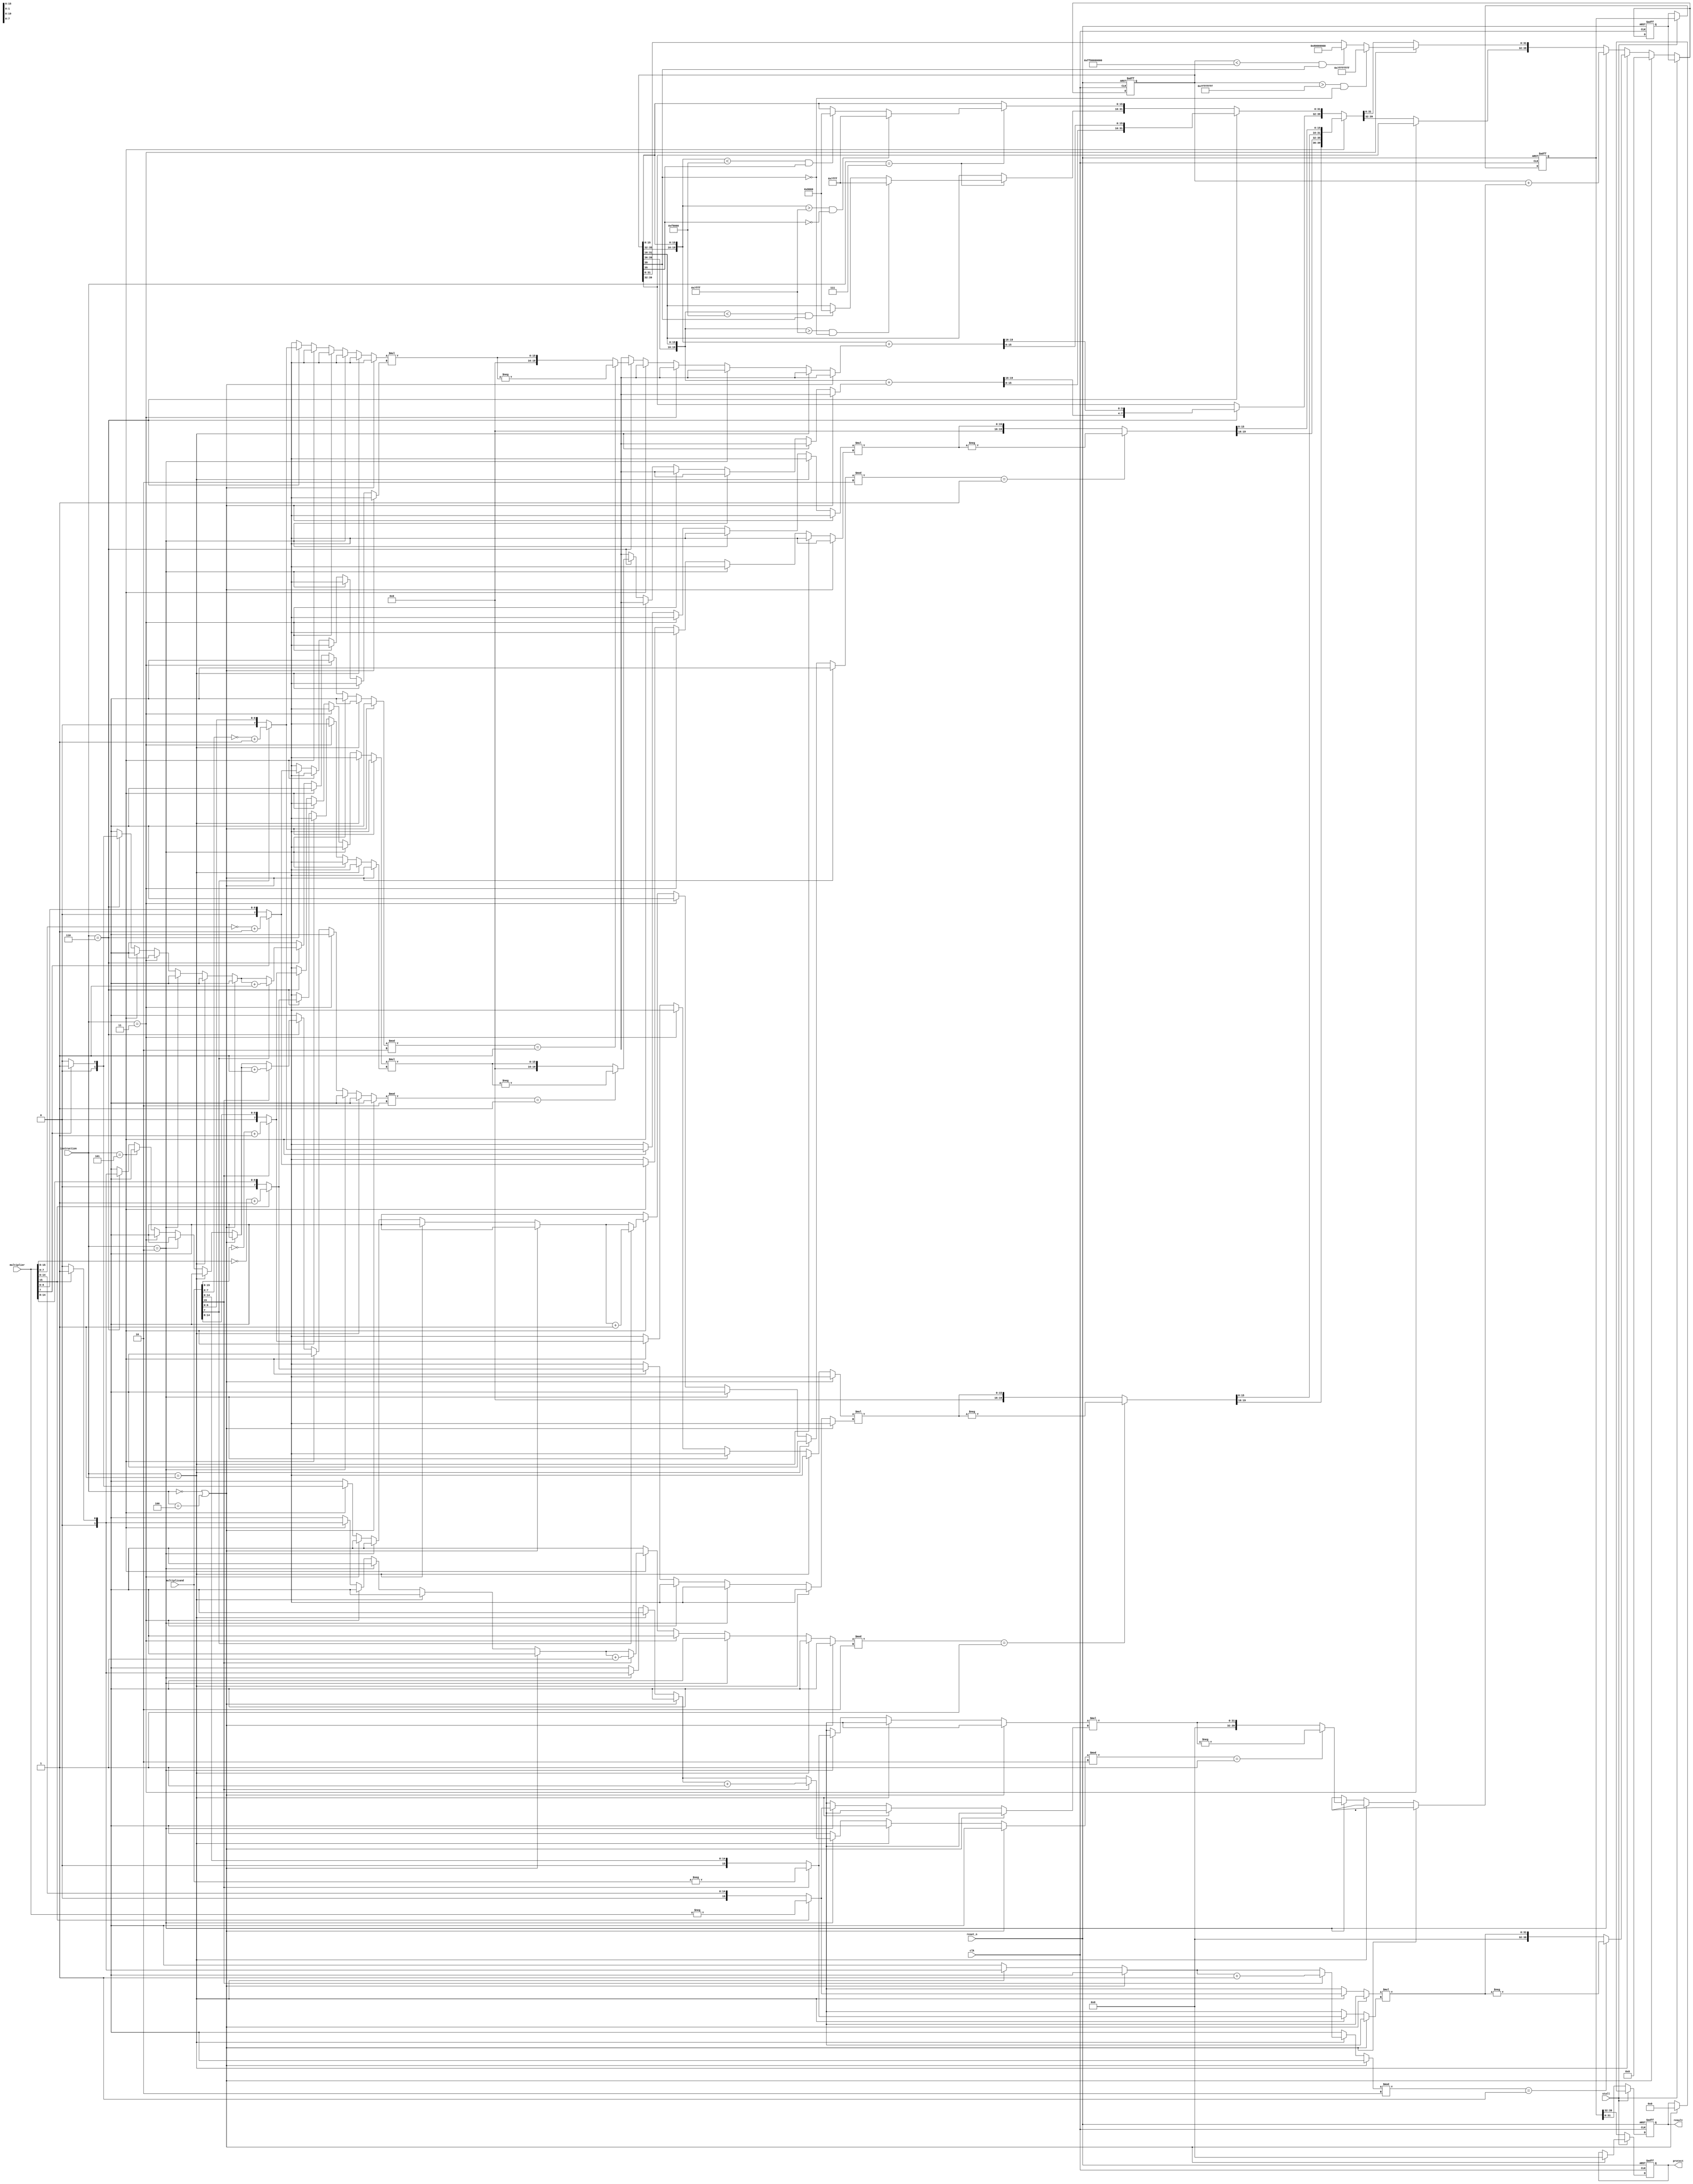
module mac (clk, reset_n, instruction, multiplier,
            multiplicand, stall, protect, result);
input clk;
input reset_n;
input [2:0] instruction;
input [15:0] multiplier;
input [15:0] multiplicand;
input stall;
output reg [7:0] protect;
output reg [31:0] result;
reg [39:0]queue[2:0];
reg [15:0] Multiplier;
reg [15:0] Multiplicand;
reg [39:0] temp;
reg [39:0] temp2;
reg [1:0] notice;
reg[1:0] notice1;
reg [39:0]temp3;
/* 	for first part of class
reg [39:0] queue[1:0];//the output queue
reg [39:0] last_output;
reg [1:0] counter;
reg [1:0] counter2;
*/
integer i;//just for for loop

always@(posedge clk or negedge reset_n)
begin
    if (reset_n == 1'b0)
    begin
        protect[7:0] = 8'h0;
        result[31:0] = 32'h0;
        temp=0;
        queue[0]=0;
        queue[1]=0;
    end
    else
    begin
        // reset_n == 1'b1

        Multiplier = multiplier;	// new multiplier`
        Multiplicand = multiplicand;// new multiplicand

        if (instruction == 3'b000 || instruction == 3'b100)
        begin
            temp = 40'd0;
            result[31:0]=32'h0;
            protect[7:0]=8'h0;
        end
        else if (instruction == 3'b001)
        begin
            notice = 2'd0;
            if (Multiplier[15] == 1'b1)
            begin
                notice=notice+1;// ...
                Multiplier=-Multiplier;
            end

            if (Multiplicand[15] == 1'b1)
            begin
                notice=notice+1;// ...
                Multiplicand=-Multiplicand;
            end

            temp=Multiplier*Multiplicand;
            if (notice%2 == 1)
                temp=-temp;
        end

        else if (instruction == 3'b010)
        begin
            temp2 = temp;
            notice = 2'd0;
            if (Multiplier[15] == 1'b1)
            begin
                notice=notice+1;
                Multiplier=-Multiplier;
            end
            if (Multiplicand[15] == 1'b1)
            begin
                notice=notice+1;
                Multiplicand=-Multiplicand;
            end
            temp=Multiplicand*Multiplier;
            if (notice%2 == 1)
                temp=-temp;
            temp3=temp2+temp;
            temp=temp3;
            // current result is stored in temp
        end
        else if (instruction == 3'b011)
        begin
            // saturation16

            if (temp > 40'h007fffffff && temp[39] == 1'b0)
                temp[31:0] = 32'h7FFFFFFF;
            else if (temp < 40'hff80000000 && temp[39] == 1'b1)
                temp[31:0] = 32'h80000000;
            // current result is stored in temp

        end
        else if (instruction == 3'b101)
        begin
            temp = 40'd0;
            // temp: temporary multiplication result
            // temp2: temporary mac result
            notice = 2'd0;
            notice1=2'd0;
            if (Multiplier[15] == 1'b1)
            begin
                notice=notice+1;
                Multiplier[15:8]=~Multiplier[15:8]+1;
            end
            if (Multiplier[7] == 1'b1)
            begin
                notice1=notice1+1;
                Multiplier[7:0]=~Multiplier+1;
            end

            if (Multiplicand[15] == 1'b1)
            begin
                notice=notice+1;
                Multiplicand[15:8]=~Multiplicand[15:8]+1;
            end
            if (Multiplicand[7] == 1'b1)
            begin
                notice1=notice1+1;
                Multiplicand[7:0]=~Multiplicand[7:0]+1;
            end
            temp[19:0]=Multiplicand[7:0]*Multiplier[7:0];
            temp[39:20]=Multiplicand[15:8]*Multiplier[15:8];
            //{protect[3:0],result[15:0]}=Multiplicand[7:0]*Multiplier[7:0];
            //{protect[7:4],result[31:16]}=Multiplicand[15:8]*Multiplier[15:8];
            if (notice%2 == 1)
            begin
                temp[39:20]=-temp[39:20];
                //{protect[3:0],result[15:0]}=~{protect[3:0],result[15:0]}+1;
                //{protect[7:4],result[31:16]}=~{Multiplicand[15:8]*Multiplier[15:8]}+1;
            end
            if(notice1%2==1)
                temp[19:0]=-temp[19:0];
            //temp={protect[7:4],result[31:16],protect[3:0],result[15:0]};
            // current result is stored in temp
            // current result is stored in temp
            temp3=temp;
            temp={temp3[39:36],temp3[19:16],temp3[35:20],temp3[15:0]};
        end
        else if (instruction == 3'b110)
        begin
            temp2=temp;
            temp = 40'd0;
            notice = 2'd0;
            notice1=2'd0;
            if (Multiplier[15] == 1'b1)
            begin
                notice=notice+1;
                Multiplier[15:8]=~Multiplier[15:8]+1;
            end
            if (Multiplier[7] == 1'b1)
            begin
                notice1=notice1+1;
                Multiplier[7:0]=~Multiplier[7:0]+1;
            end

            if (Multiplicand[15] == 1'b1)
            begin
                notice=notice+1;
                Multiplicand[15:8]=~Multiplicand[15:8]+1;
            end
            if (Multiplicand[7] == 1'b1)
            begin
                notice1=notice1+1;
                Multiplicand[7:0]=~Multiplicand[7:0]+1;
            end

            temp[19:0]=Multiplicand[7:0]*Multiplier[7:0];
            temp[39:20]=Multiplicand[15:8]*Multiplier[15:8];
            if (notice%2 == 1)
            begin
                temp[39:20]=-temp[39:20];
                //{protect[7:4],result[31:16]}=temp2[39:20]+((~(Multiplicand[15:8]*Multiplier[15:8]))+1);
            end
            if(notice1%2==1)
                temp[19:0]=-temp[19:0];

            temp3=temp;
            temp2={temp2[39:36],temp2[31:16],temp2[35:32],temp2[15:0]};
            temp={temp2[39:20]+temp3[39:20],temp2[19:0]+temp3[19:0]};
            temp={temp[39:36],temp[19:16],temp[35:20],temp[15:0]};
            //temp={temp2[39:20]+temp[39:20],temp2[19:0]+temp[19:0]};

            //temp={protect[7:4],result[31:16],protect[3:0],result[15:0]};
            // current result is stored in temp
            // current result is stored in temp

        end
        else if (instruction == 3'b111)
        begin
            // saturation16
            if ({temp[39:36],temp[31:16]} > 20'h07fff && temp[39] == 1'b0)
                temp[31:16] = 16'h7FFF;
            else if ({temp[39:36],temp[31:16]} < 20'hf8000 && temp[39] == 1'b1)
                temp[31:16] = 16'h8000;
            //for(i=36;i<40;i=i+1)
            // temp[i]=temp[31];

            if ({temp[35:32],temp[15:0]} > 20'h07fff && temp[35] == 1'b0)
                temp[15:0] = 16'h7FFF;
            else if ({temp[35:32],temp[15:0]} < 20'hf8000 && temp[35] == 1'b1)
                temp[15:0] = 16'h8000;
            //for(i=32;i<36;i=i+1)
            //temp[i]=temp[15];

            // current result is stored in temp
        end

        if (stall == 1'b0)
        begin
            //{protect, result} = temp;
            {protect,result}=queue[0];
            queue[0]=queue[1];
            queue[1]=temp;
        end
        else
        begin
            temp=queue[1];


        end

    end
end
endmodule